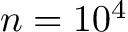
n = 1 0 ^ { 4 }